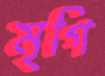
মৃগি